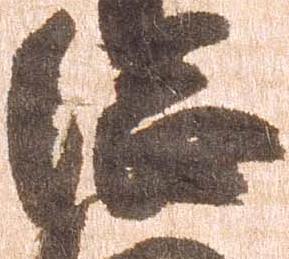
総